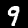
Digit: 9